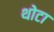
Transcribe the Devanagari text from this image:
थोटा